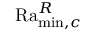
\mathrm { R a } _ { \operatorname* { m i n } , c } ^ { R }